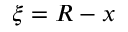
\xi = R - x